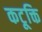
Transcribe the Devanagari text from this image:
कटूक्ति